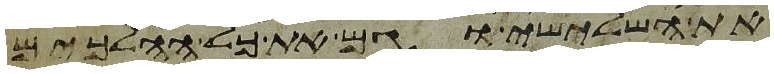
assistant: את השלישי וגם את כל ההלכים